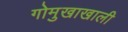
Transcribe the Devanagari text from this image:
गोमुखाखाली